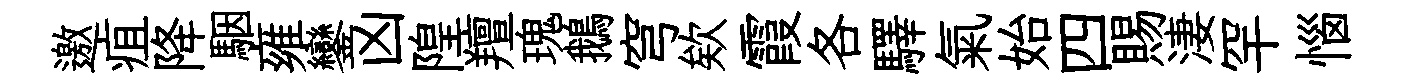
邀疽降駰雍鑾凶隍羶瑰鵝穹欸霞各驛氣始四賜淒罕惱